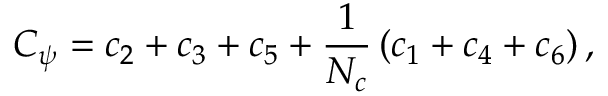
C _ { \psi } = c _ { 2 } + c _ { 3 } + c _ { 5 } + \frac { 1 } { N _ { c } } \left( c _ { 1 } + c _ { 4 } + c _ { 6 } \right) ,